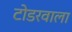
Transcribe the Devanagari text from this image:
टोडरवाला